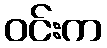
ဝင်းက